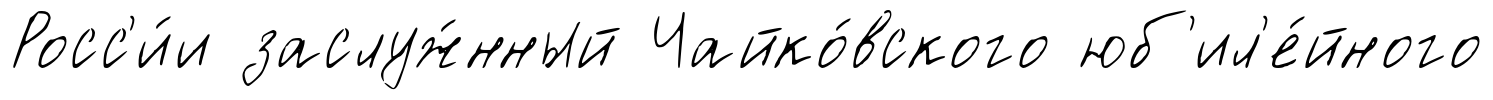
Росс'и́и заслуж́нный Чайко́вского юб'ил'е́йного